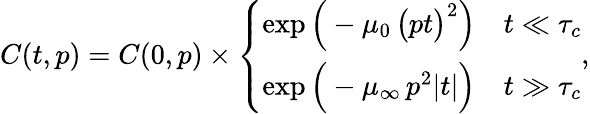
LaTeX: C(t,p)=C(0,p)\times\left\{ \begin{array}{ll}{\exp\Big(-\mu_{0}\, \big(pt\big)^{2}\Big)}&{t\ll\tau_{c}}\\ {\exp\Big(-\mu_{\infty}\, p^{2}|t|\Big)}&{t\gg\tau_{c}}\end{array}\right.,